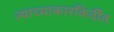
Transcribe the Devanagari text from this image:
त्याच्याकारकिर्दीत